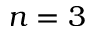
n = 3